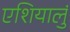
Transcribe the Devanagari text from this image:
एशियालुं